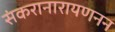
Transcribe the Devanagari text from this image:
संकरानारायणनन